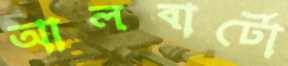
আলবার্টো